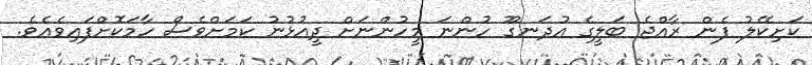
ކަށިކޭލު ފެން ރާއްޖެ ބަލީގެ އުދަނގޫ ހުންނަ މީހުންނަށް ދީއުޅުނު ކަމަށްވެސް ހާމަކޮށްފައިވެއެވެ.